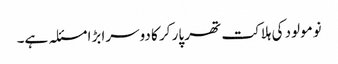
نومولود کی ہلاکت تھر پار کر کا دوسرا بڑا مسئلہ ہے۔